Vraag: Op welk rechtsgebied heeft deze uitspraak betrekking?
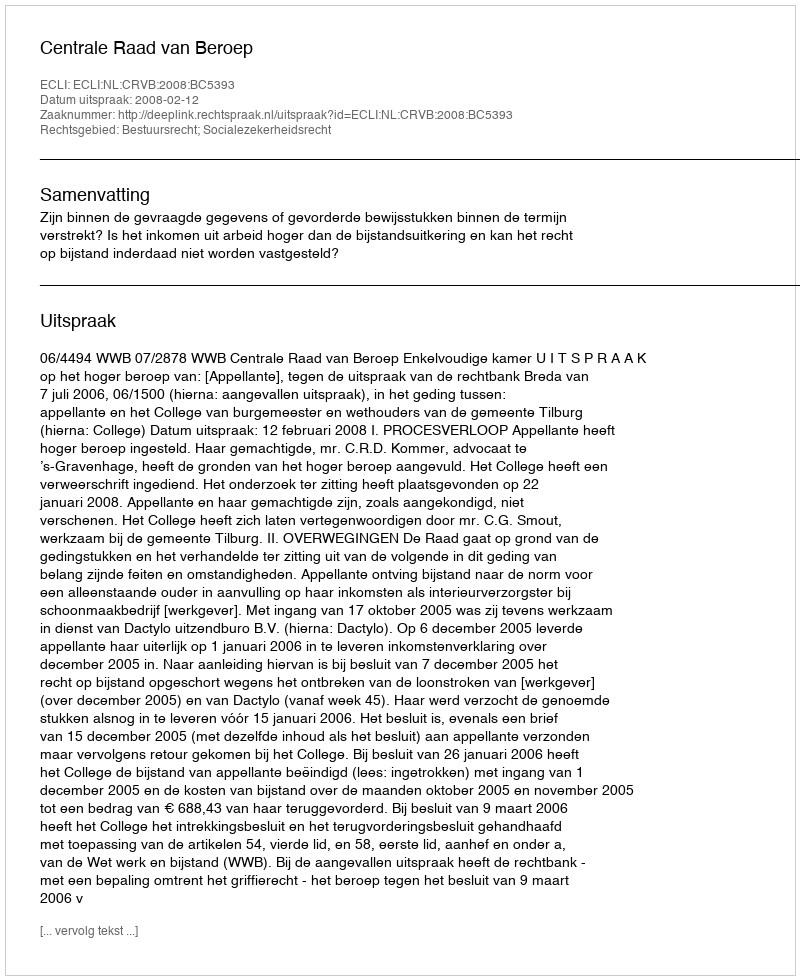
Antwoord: Bestuursrecht; Socialezekerheidsrecht